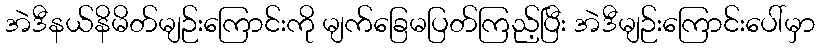
အဲဒီနယ်နိမိတ်မျဉ်းကြောင်းကို မျက်ခြေမပြတ်ကြည့်ပြီး အဲဒီမျဉ်းကြောင်းပေါ်မှာ